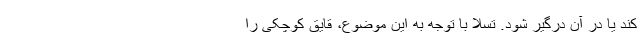
کند یا در آن درگیر شود. تسلا با توجه به این موضوع، قایق کوچکی را